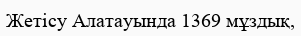
Жетісу Алатауында 1369 мұздық,